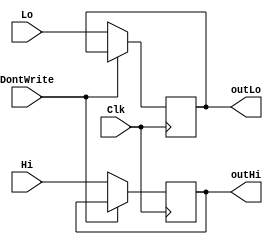
`timescale 1ns / 1ps

module HiLo(Lo, Hi, Clk, outHi, outLo, DontWrite);
    input [31:0] Lo;
    input [31:0] Hi;
    input Clk, DontWrite;
    output reg [31:0] outLo;
    output reg [31:0] outHi;
   
   
    always @(posedge Clk) begin
        if(!DontWrite) begin
            outLo <= Lo;
            outHi <= Hi;
        end
    end
   
endmodule